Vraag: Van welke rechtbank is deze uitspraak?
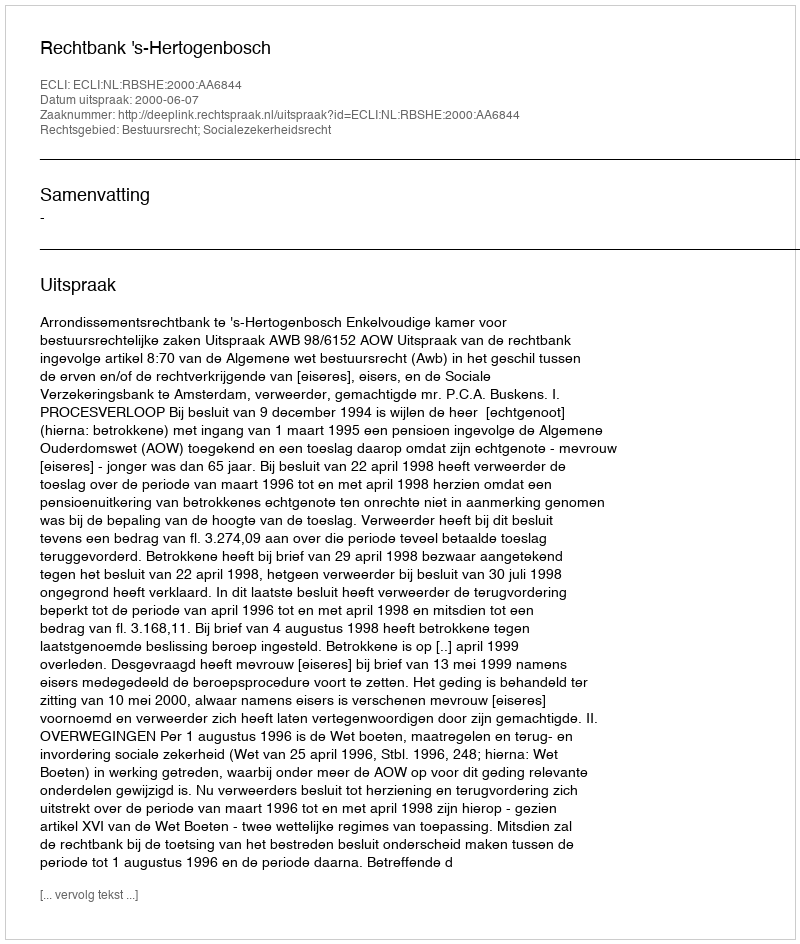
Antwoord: Rechtbank 's-Hertogenbosch